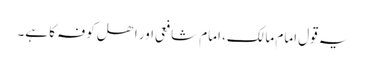
یہ قول امام مالک، امام شافعی اور اھل کوفہ کا ہے۔